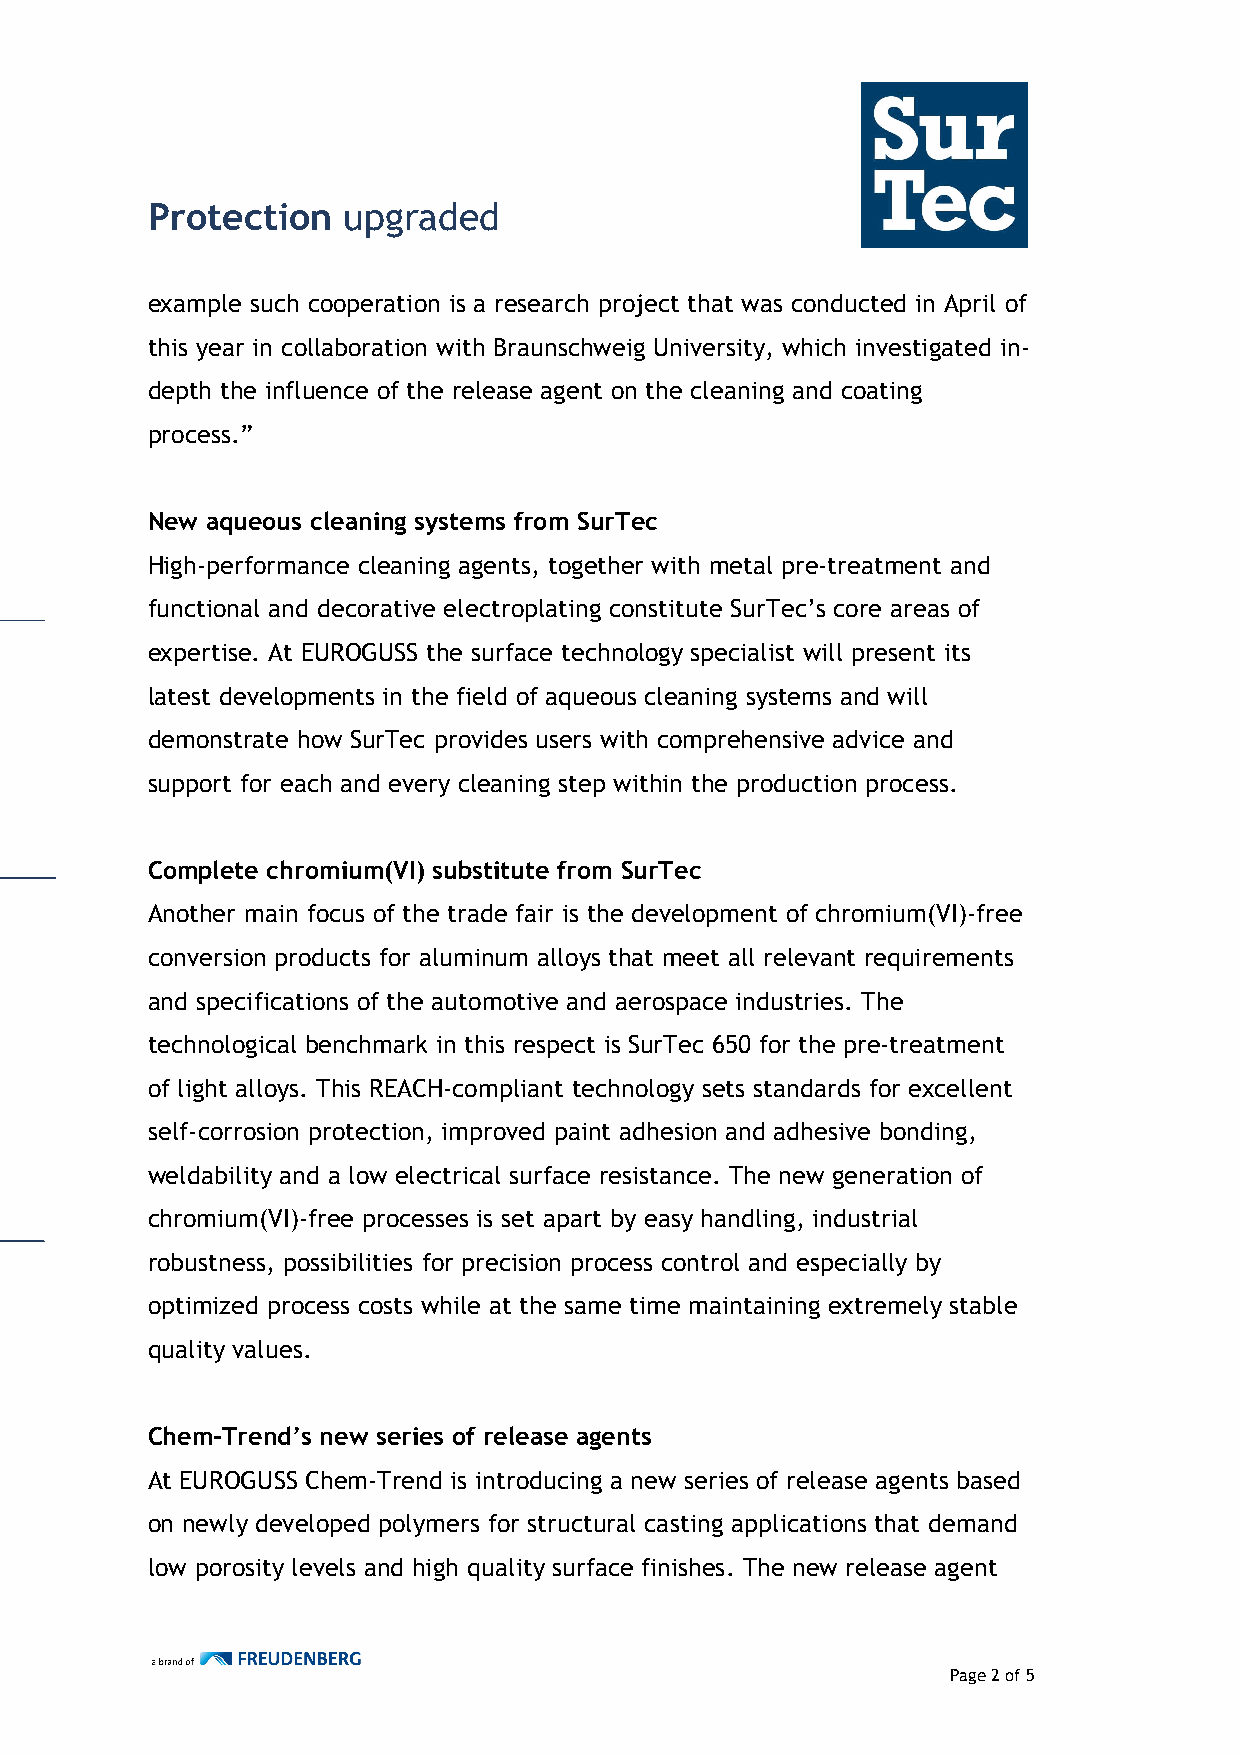
Protection   upgraded
 example such cooperation is a research project that was conducted in April of
 this year in collaboration with Braunschweig University, which investigated in-
 depth the influence of the release agent on the cleaning and coating
 process.”
 New aqueous cleaning systems from SurTec
 High-performance cleaning agents, together with metal pre-treatment and
 functional and decorative electroplating constitute SurTec’s core areas of
 expertise. At EUROGUSS the surface technology specialist will present its
 latest developments in the field of aqueous cleaning systems and will
 demonstrate how SurTec provides users with comprehensive advice and
 support for each and every cleaning step within the production process.
 Complete chromium(VI) substitute from SurTec
 Another main focus of the trade fair is the development of chromium(VI)-free
 conversion products for aluminum alloys that meet all relevant requirements
 and specifications of the automotive and aerospace industries. The
 technological benchmark in this respect is SurTec 650 for the pre-treatment
 of light alloys. This REACH-compliant technology sets standards for excellent
 self-corrosion protection, improved paint adhesion and adhesive bonding,
 weldability and a low electrical surface resistance. The new generation of
 chromium(VI)-free processes is set apart by easy handling, industrial
 robustness, possibilities for precision process control and especially by
 optimized process costs while at the same time maintaining extremely stable
 quality values.
 Chem-Trend’s new series of release agents
 At EUROGUSS Chem-Trend is introducing a new series of release agents based
 on newly developed polymers for structural casting applications that demand
 low porosity levels and high quality surface finishes. The new release agent
 Page 2 of 5